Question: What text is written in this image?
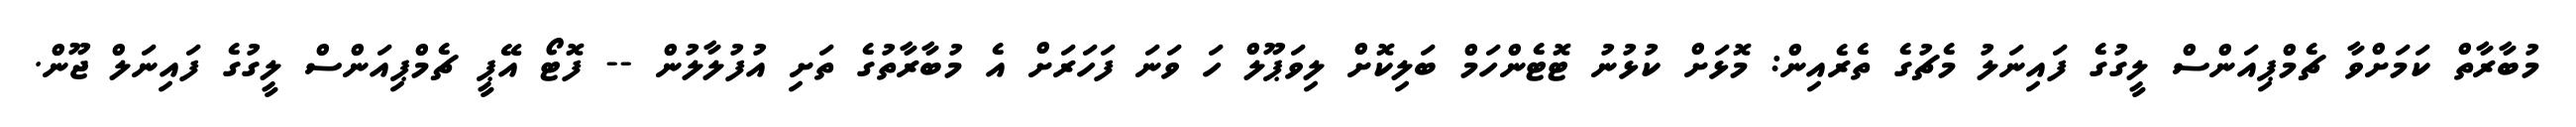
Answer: މުބާރާތް ކަމަށްވާ ޗެމްޕިއަންސް ލީގުގެ ފައިނަލު މެޗުގެ ތެރެއިން: މޮޅަށް ކުޅުނު ޓޮޓެންހަމް ބަލިކޮށް ލިވަޕޫލް ހަ ވަނަ ފަހަރަށް އެ މުބާރާތުގެ ތަށި އުފުލާލުން -- ފޮޓޯ އޭޕީ ޗެމްޕިއަންސް ލީގުގެ ފައިނަލް ޖޫން.